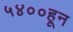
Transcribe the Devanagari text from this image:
५४००हून